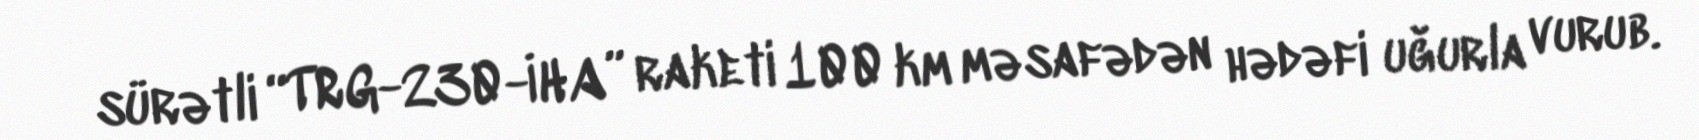
sürətli “TRG-230-İHA” raketi 100 km məsafədən hədəfi uğurla vurub.